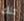
تلك